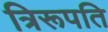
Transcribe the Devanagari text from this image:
त्रिरूपति